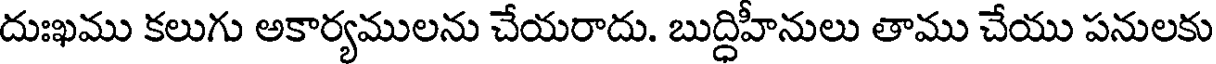
దుఃఖము కలుగు అకార్యములను చేయరాదు. బుద్ధిహీనులు తాము చేయు పనులకు